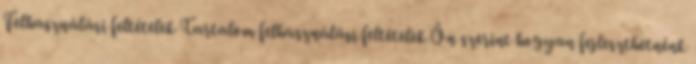
Felhasználási feltételek Tartalom felhasználási feltételek Ön szerint hogyan fejleszthetnénk